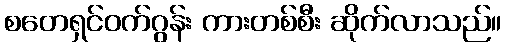
စတေရှင်ဝက်ဂွန်း ကားတစ်စီး ဆိုက်လာသည်။